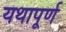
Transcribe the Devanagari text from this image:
यथापूर्ण